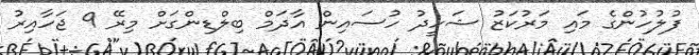
ފުލުހުންގެ މައި މަރުކަޒު ޝަހީދު ހުސައިން އާދަމް ބިލްޑިންގަށް މިރޭ 9 ޖަހާއިރު